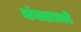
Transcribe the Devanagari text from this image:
पंचतत्त्वों